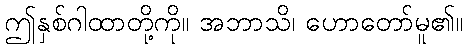
ဤနှစ်ဂါထာတို့ကို။ အဘာသိ၊ ဟောတော်မူ၏။